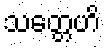
သတ္တေဟိ